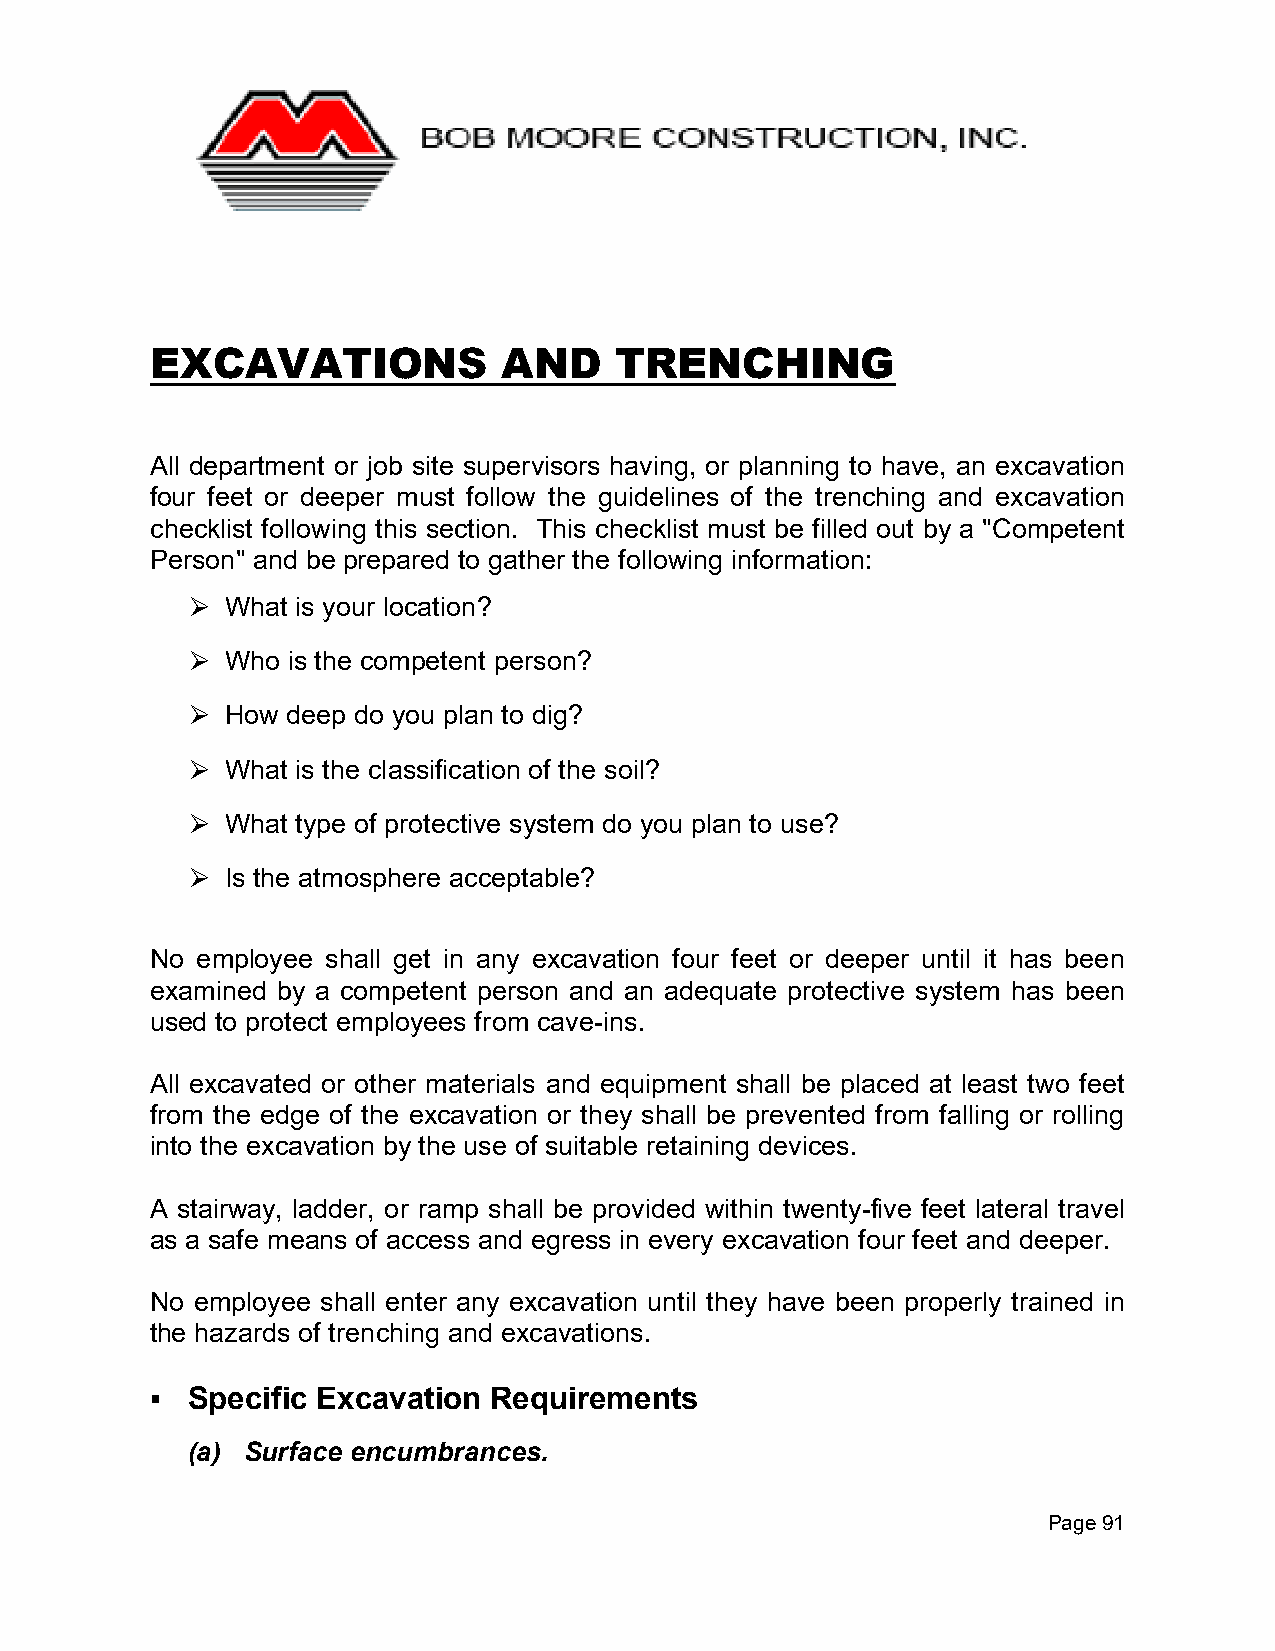
EXCAVATIONS            AND     TRENCHING
 All department or job site supervisors having, or planning to have, an excavation
 four feet or deeper must follow the guidelines of the trenching and excavation
 checklist following this section. This checklist must be filled out by a "Competent
 Person" and be prepared to gather the following information:
 What is your location?
 ⮚
 Who is the competent person?
 ⮚
 How deep do you plan to dig?
 ⮚
 What is the classification of the soil?
 ⮚
 What type of protective system do you plan to use?
 ⮚
 Is the atmosphere acceptable?
 ⮚
 No employee shall get in any excavation four feet or deeper until it has been
 examined by a competent person and an adequate protective system has been
 used to protect employees from cave-ins.
 All excavated or other materials and equipment shall be placed at least two feet
 from the edge of the excavation or they shall be prevented from falling or rolling
 into the excavation by the use of suitable retaining devices.
 A stairway, ladder, or ramp shall be provided within twenty-five feet lateral travel
 as a safe means of access and egress in every excavation four feet and deeper.
 No employee shall enter any excavation until they have been properly trained in
 the hazards of trenching and excavations.
 ▪ Specific Excavation Requirements
 (a) Surface encumbrances.
 Page 91